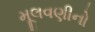
મૂલવણીનો